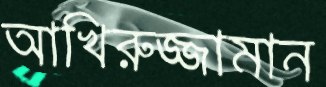
আখিরুজ্জামান